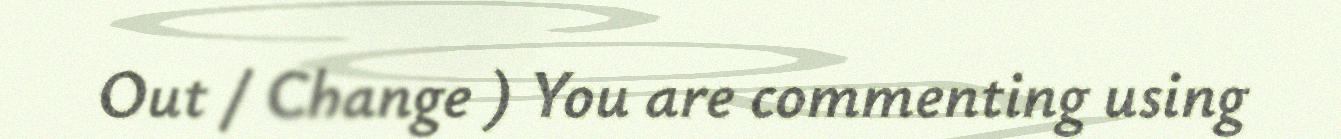
Out / Change ) You are commenting using